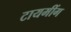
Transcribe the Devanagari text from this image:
टायमींग